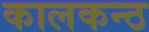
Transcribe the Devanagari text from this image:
कालकन्ठ